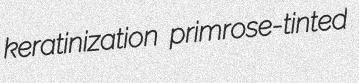
keratinization primrose-tinted